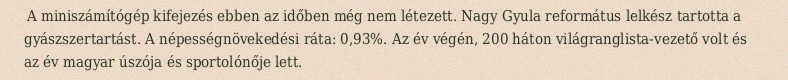
A miniszámítógép kifejezés ebben az időben még nem létezett. Nagy Gyula református lelkész tartotta a gyászszertartást. A népességnövekedési ráta: 0,93%. Az év végén, 200 háton világranglista-vezető volt és az év magyar úszója és sportolónője lett.